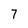
Character: 7